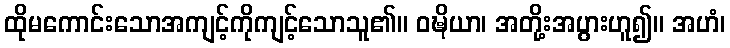
ထိုမကောင်းသောအကျင့်ကိုကျင့်သောသူ၏။ ဝဍ္ဎိယာ၊ အတို့းအပွားဟူ၍။ အဟံ၊